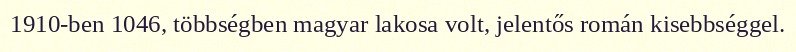
1910-ben 1046, többségben magyar lakosa volt, jelentős román kisebbséggel.